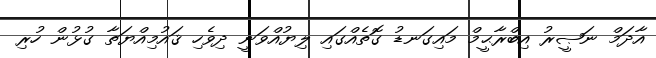
އާދަމް ނަޞީރު އިބްރާޙީމް މައިގަނޑު ގޮތެއްގައި ލިޔުއްވަނީ ދިވެހި ޤައުމިއްޔަތާ ގުޅުން ހުރި